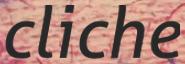
cliche